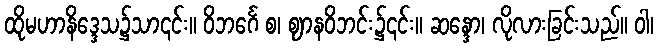
ထိုမဟာနိဒ္ဒေသ၌သာ၎င်း။ ဝိဘင်္ဂေ စ၊ ဈာနဝိဘင်း၌၎င်း။ ဆန္ဒော၊ လိုလားခြင်းသည်။ ဝါ၊